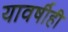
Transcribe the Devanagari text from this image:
यावर्षीही